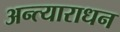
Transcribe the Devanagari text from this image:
अन्त्याराधन